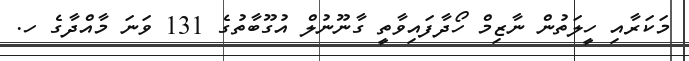
މަކަރާއި ހީލަތުން ނާޒިމް ހޯދާފައިވާތީ ގާނޫނުލް އުގޫބާތުގެ 131 ވަނަ މާއްދާގެ ހ.